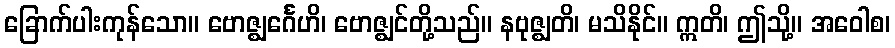
ခြောက်ပါးကုန်သော။ ဗောဇ္ဈင်္ဂေဟိ၊ ဗောဇ္ဈင်တို့သည်။ နဗုဇ္ဈတိ၊ မသိနိုင်။ ဣတိ၊ ဤသို့။ အဝေါစ၊